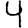
Digit: 4